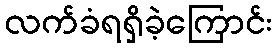
လက်ခံရရှိခဲ့ကြောင်း